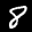
Label: 8